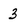
Character: 3